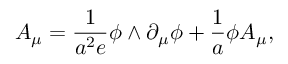
A _ { \mu } = \frac { 1 } { a ^ { 2 } e } \phi \wedge \partial _ { \mu } \phi + \frac { 1 } { a } \phi A _ { \mu } ,